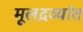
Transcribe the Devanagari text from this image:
मूलद्रव्यांत